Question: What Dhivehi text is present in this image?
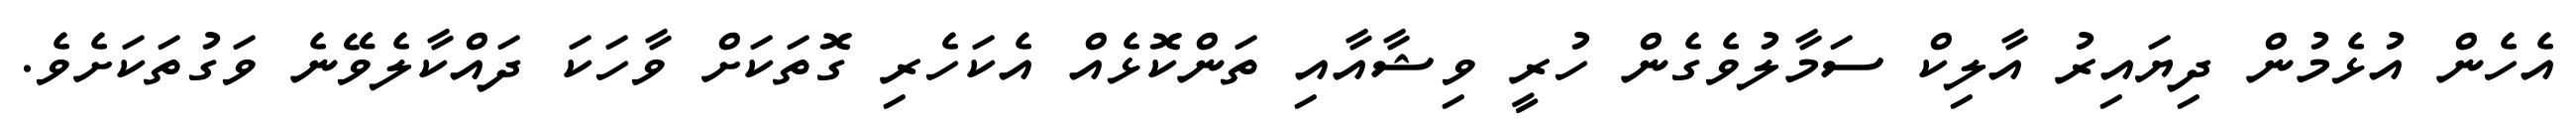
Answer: އެހެން އުޅެމުން ދިޔައިރު އާލިކް ސަމާލުވެގެން ހުރީ ވިޝާއާއި ތަންކޮޅެއް އެކަހެރި ގޮތަކަށް ވާހަކަ ދައްކާލެވޭނެ ވަގުތަކަށެވެ.